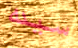
سيده